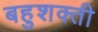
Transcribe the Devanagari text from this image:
बहुशक्ती